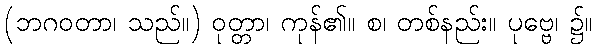
(ဘဂဝတာ၊ သည်။) ဝုတ္တာ၊ ကုန်၏။ စ၊ တစ်နည်း။ ပုဗ္ဗေ၊ ၌။